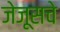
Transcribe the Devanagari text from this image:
जेजूसचे